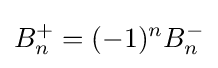
B_{n}^{+}=(-1)^{n}B_{n}^{-}